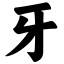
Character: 牙